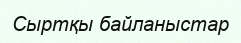
Сыртқы байланыстар